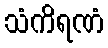
သံကိရဏံ